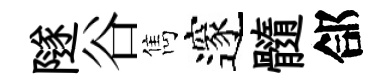
隧谷雋邃髓郃